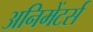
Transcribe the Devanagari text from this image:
अनिमेंटर्स